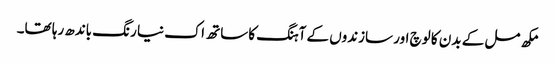
مکھ مل کے بدن کا لوچ اور سازندوں کے آہنگ کا ساتھ اک نیا رنگ باندھ رہا تھا۔